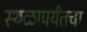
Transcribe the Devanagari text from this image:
स्थळापर्यंतचा